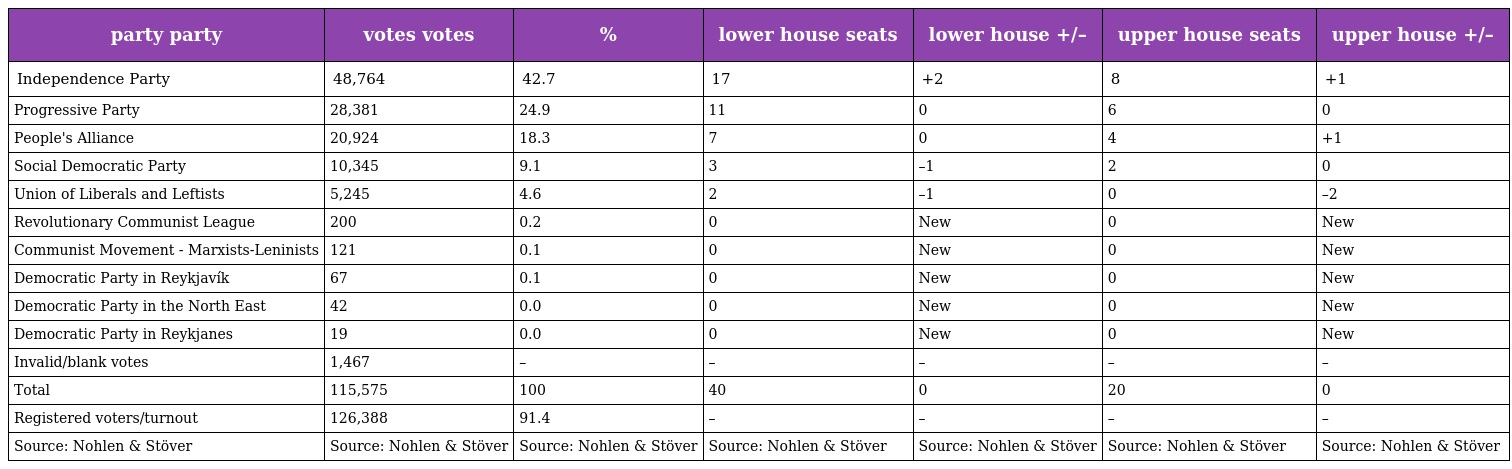
| party party | votes votes | % | lower house seats | lower house +/– | upper house seats | upper house +/– |
 | --- | --- | --- | --- | --- | --- | --- |
 | Independence Party | 48,764 | 42.7 | 17 | +2 | 8 | +1 |
 | Progressive Party | 28,381 | 24.9 | 11 | 0 | 6 | 0 |
 | People's Alliance | 20,924 | 18.3 | 7 | 0 | 4 | +1 |
 | Social Democratic Party | 10,345 | 9.1 | 3 | –1 | 2 | 0 |
 | Union of Liberals and Leftists | 5,245 | 4.6 | 2 | –1 | 0 | –2 |
 | Revolutionary Communist League | 200 | 0.2 | 0 | New | 0 | New |
 | Communist Movement - Marxists-Leninists | 121 | 0.1 | 0 | New | 0 | New |
 | Democratic Party in Reykjavík | 67 | 0.1 | 0 | New | 0 | New |
 | Democratic Party in the North East | 42 | 0.0 | 0 | New | 0 | New |
 | Democratic Party in Reykjanes | 19 | 0.0 | 0 | New | 0 | New |
 | Invalid/blank votes | 1,467 | – | – | – | – | – |
 | Total | 115,575 | 100 | 40 | 0 | 20 | 0 |
 | Registered voters/turnout | 126,388 | 91.4 | – | – | – | – |
 | Source: Nohlen & Stöver | Source: Nohlen & Stöver | Source: Nohlen & Stöver | Source: Nohlen & Stöver | Source: Nohlen & Stöver | Source: Nohlen & Stöver | Source: Nohlen & Stöver |